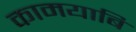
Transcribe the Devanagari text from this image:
कामयाबि